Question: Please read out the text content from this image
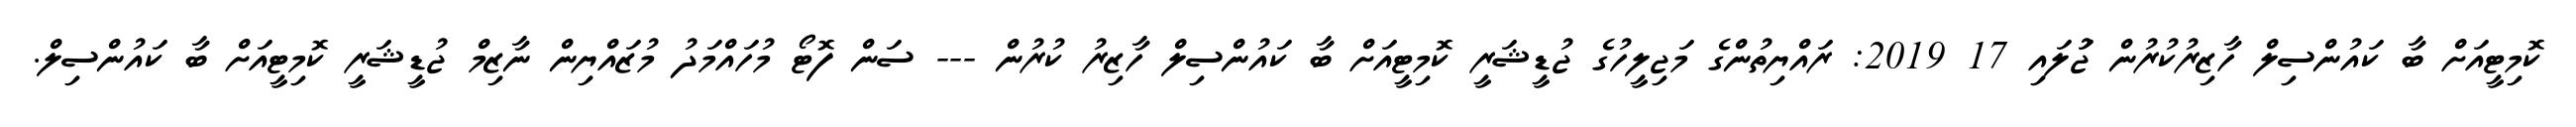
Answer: ކޮމިޓީއަށް ބާ ކައުންސިލް ހާޒިރުކުރުން ޖުަލައި 17 2019: ރައްޔިތުންގެ މަޖިލީހުގެ ޖުޑީޝަރީ ކޮމިޓީއަށް ބާ ކައުންސިލް ހާޒިރު ކުރުން --- ސަން ފޮޓޯ މުހައްމަދު މުޒައްޔިން ނާޒިމް ޖުޑީޝަރީ ކޮމިޓީއަށް ބާ ކައުންސިލް.